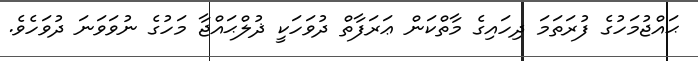
ޙައްޖުމަހުގެ ފުރަތަމަ ދިހައިގެ މާތްކަން ޢަރަފާތް ދުވަހަކީ ޛުލްޙައްޖާ މަހުގެ ނުވަވަނަ ދުވަހެވެ.